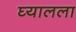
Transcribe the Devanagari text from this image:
घ्यालला